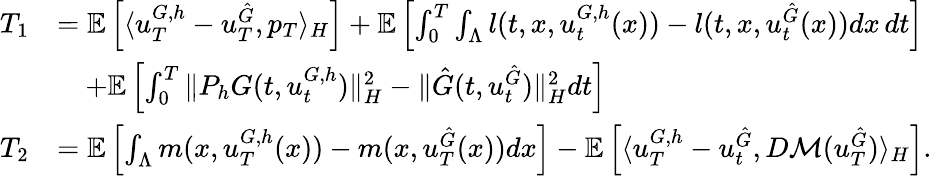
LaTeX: \begin{array}{rl}{T_{1}}&{=\mathbb{E}\left[\langle u_{T}^{G,h}-u_{T}^{\hat{G}},p_{T}\rangle_{H}\right]+\mathbb{E}\left[\int_{0}^{T}\int_{\Lambda}l(t,x,u_{t}^{G,h}(x))-l(t,x,u_{t}^{\hat{G}}(x))dx\, dt\right]}\\ &{\quad+\mathbb{E}\left[\int_{0}^{T}\| P_{h}G(t,u_{t}^{G,h})\| _{H}^{2}-\| \hat{G}(t,u_{t}^{\hat{G}})\| _{H}^{2}dt\right]}\\ {T_{2}}&{=\mathbb{E}\left[\int_{\Lambda}m(x,u_{T}^{G,h}(x))-m(x,u_{T}^{\hat{G}}(x))dx\right]-\mathbb{E}\left[\langle u_{T}^{G,h}-u_{t}^{\hat{G}},D\mathcal{M}(u_{T}^{\hat{G}})\rangle_{H}\right].}\end{array}